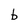
Character: b